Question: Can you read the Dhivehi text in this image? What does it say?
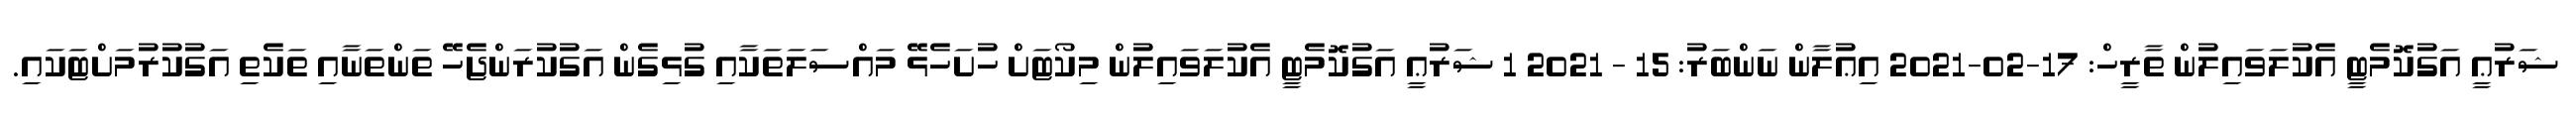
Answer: ޝަރުޢީ އަގުކޮމެޓީ އެކުލަވައިލުން ތާރީހް: 17-02-2021 އިޢުލާން ނަންބަރު: 15 - 2021 1 ޝަރުޢީ އަގުކޮމެޓީ އެކުލަވައިލުން މިކޯޓަށް ހުށަހެޅޭ މައްސަލަތަކާއި ގުޅިގެން އަގުކުރަންޖެހޭ ތަންތަނާއި ތަކެތި އަގުކުރުމަށްޓަކައި.